Statistical return of the lunatic asylum in Assam - 1912-1932
Year: 1912
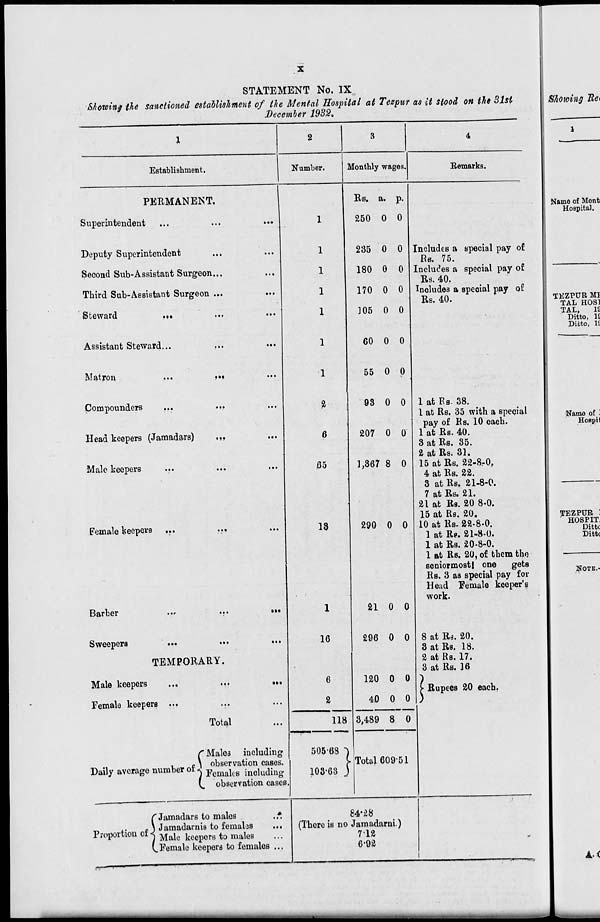
STATEMENT No. IX
Showing the sanctioned establishment of the Mental Hospital at Tezpur as it stood on the 31st
December 1982.
8/ioioing Bet
2
3
4
Establishment.
Number.
Monthly wages.
Eemarks.
PERMANENT.
Rs. a. P-
Superintendent
1
250 0 0
Deputy Superintendent
1
235 0 0 Includes a special pay of
Re. 75.
Second Sub-Assistant Surgeon...
1
180 0 0 Includes a special pay of
Rs. 40.
Third Sub-Assistant Surgeon ...
1
170 0 0 Includes a speoial pay of
Rs. 40.
Steward
...
1
105 0 0
<
Assistant Steward...
...
...
1
60 0 0
Matron
...
...
1
55 0 p
Compounders
...
2
93 0 0 1 at Ks. 38.
1 at Rs. 35 with a special
pay of Ks. 10 each.
Head keepers (Jamadars)
.,.
6
207 0 0 1 at Rs. 40.
3 at Rs. 35.
2 at Rs. 31.
Male keepers
65
1,367 8 0 15 at Rs. 22-8.-0,
4 at Rs. 22.
3 at Rs. 21-8-0.
7 at Rs. 21.
21 at Rs. 20 8-0.
15 at Rs. 20.
Female keepers ...
...
13
290 0 0 10 at Rs. 22-8-0.
1 at Re. 21-8-0.
1 at Rs. 20-8-0.
1 at Rs. 20, of them the
senior most) one
gets
Rs. 3 aa special pay for
Head Female keeper's
work.
Barber
..r
...
•••
1
21 0 0
Sweepers
...
•••
•••
16
296 0 0 8 at Rs. 20.
3 at Rs. 18.
TEMPORARY.
2 at Rs. 17.
3 at Rs. 16
Male keepers
...
...
...
6
120 0 0
> Rupees 20 each.
Female keepers ...
2
40 0 0 )
Total
118 3,489 8 0
r Males including
„ .,
.
• \ observation cases.
Daily average number of. Femakg jading
V. observation cases.
505-68 ")
I Total 609-E »1
103-63 J
C Jamadars to males
.*
8 4-28
_,
,.
r\ Jamadarnis to females
...
Proportion of A Maje ^^^ to maleg
(
(There is no J amadarni.)
712
(.Female keepers to females ...
— rmm
.—■
1
6-92
jtfanie of Mont:
Hospital.
TEZPUR MI
TAL HOS1
TAL,
IS
Ditto, IS
Ditto, It
Name of ]
Hospil
TEZPUR :
HOSPIT.
Dittc
Dittc
NOTE.-
A.<